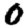
Digit: 0